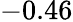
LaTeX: -0.46